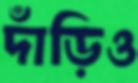
দাঁড়িও